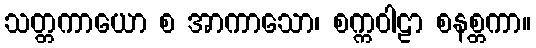
သတ္တကာယော စ အာကာသော၊ စက္ကဝါဠာ စနစ္တကာ။